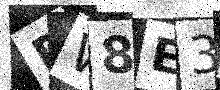
Text: DW8E3G